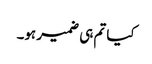
کیا تم ہی ضمیر ہو۔